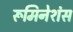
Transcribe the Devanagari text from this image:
रूमिनेशंस